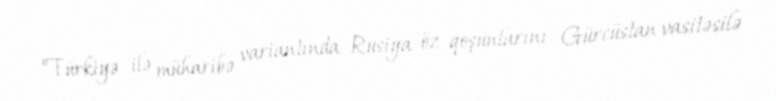
“Türkiyə ilə müharibə variantında Rusiya öz qoşunlarını Gürcüstan vasitəsilə